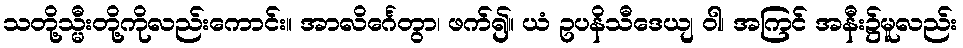
သတို့သ္မီးတို့ကိုလည်းကောင်း။ အာလိင်္ဂေတွာ၊ ဖက်၍။ ယံ ဥပနိသီဒေယျ ဝါ၊ အကြင် အနီး၌မူလည်း